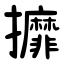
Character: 攠